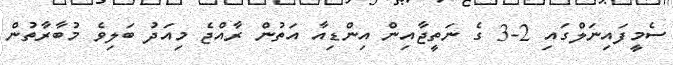
ސެމީފައިނަލްގައި 2-3 ގެ ނަތީޖާއިން އިންޑިއާ އަތުން ރާއްޖެ މިއަދު ބަލިވެ މުބާރާތުން